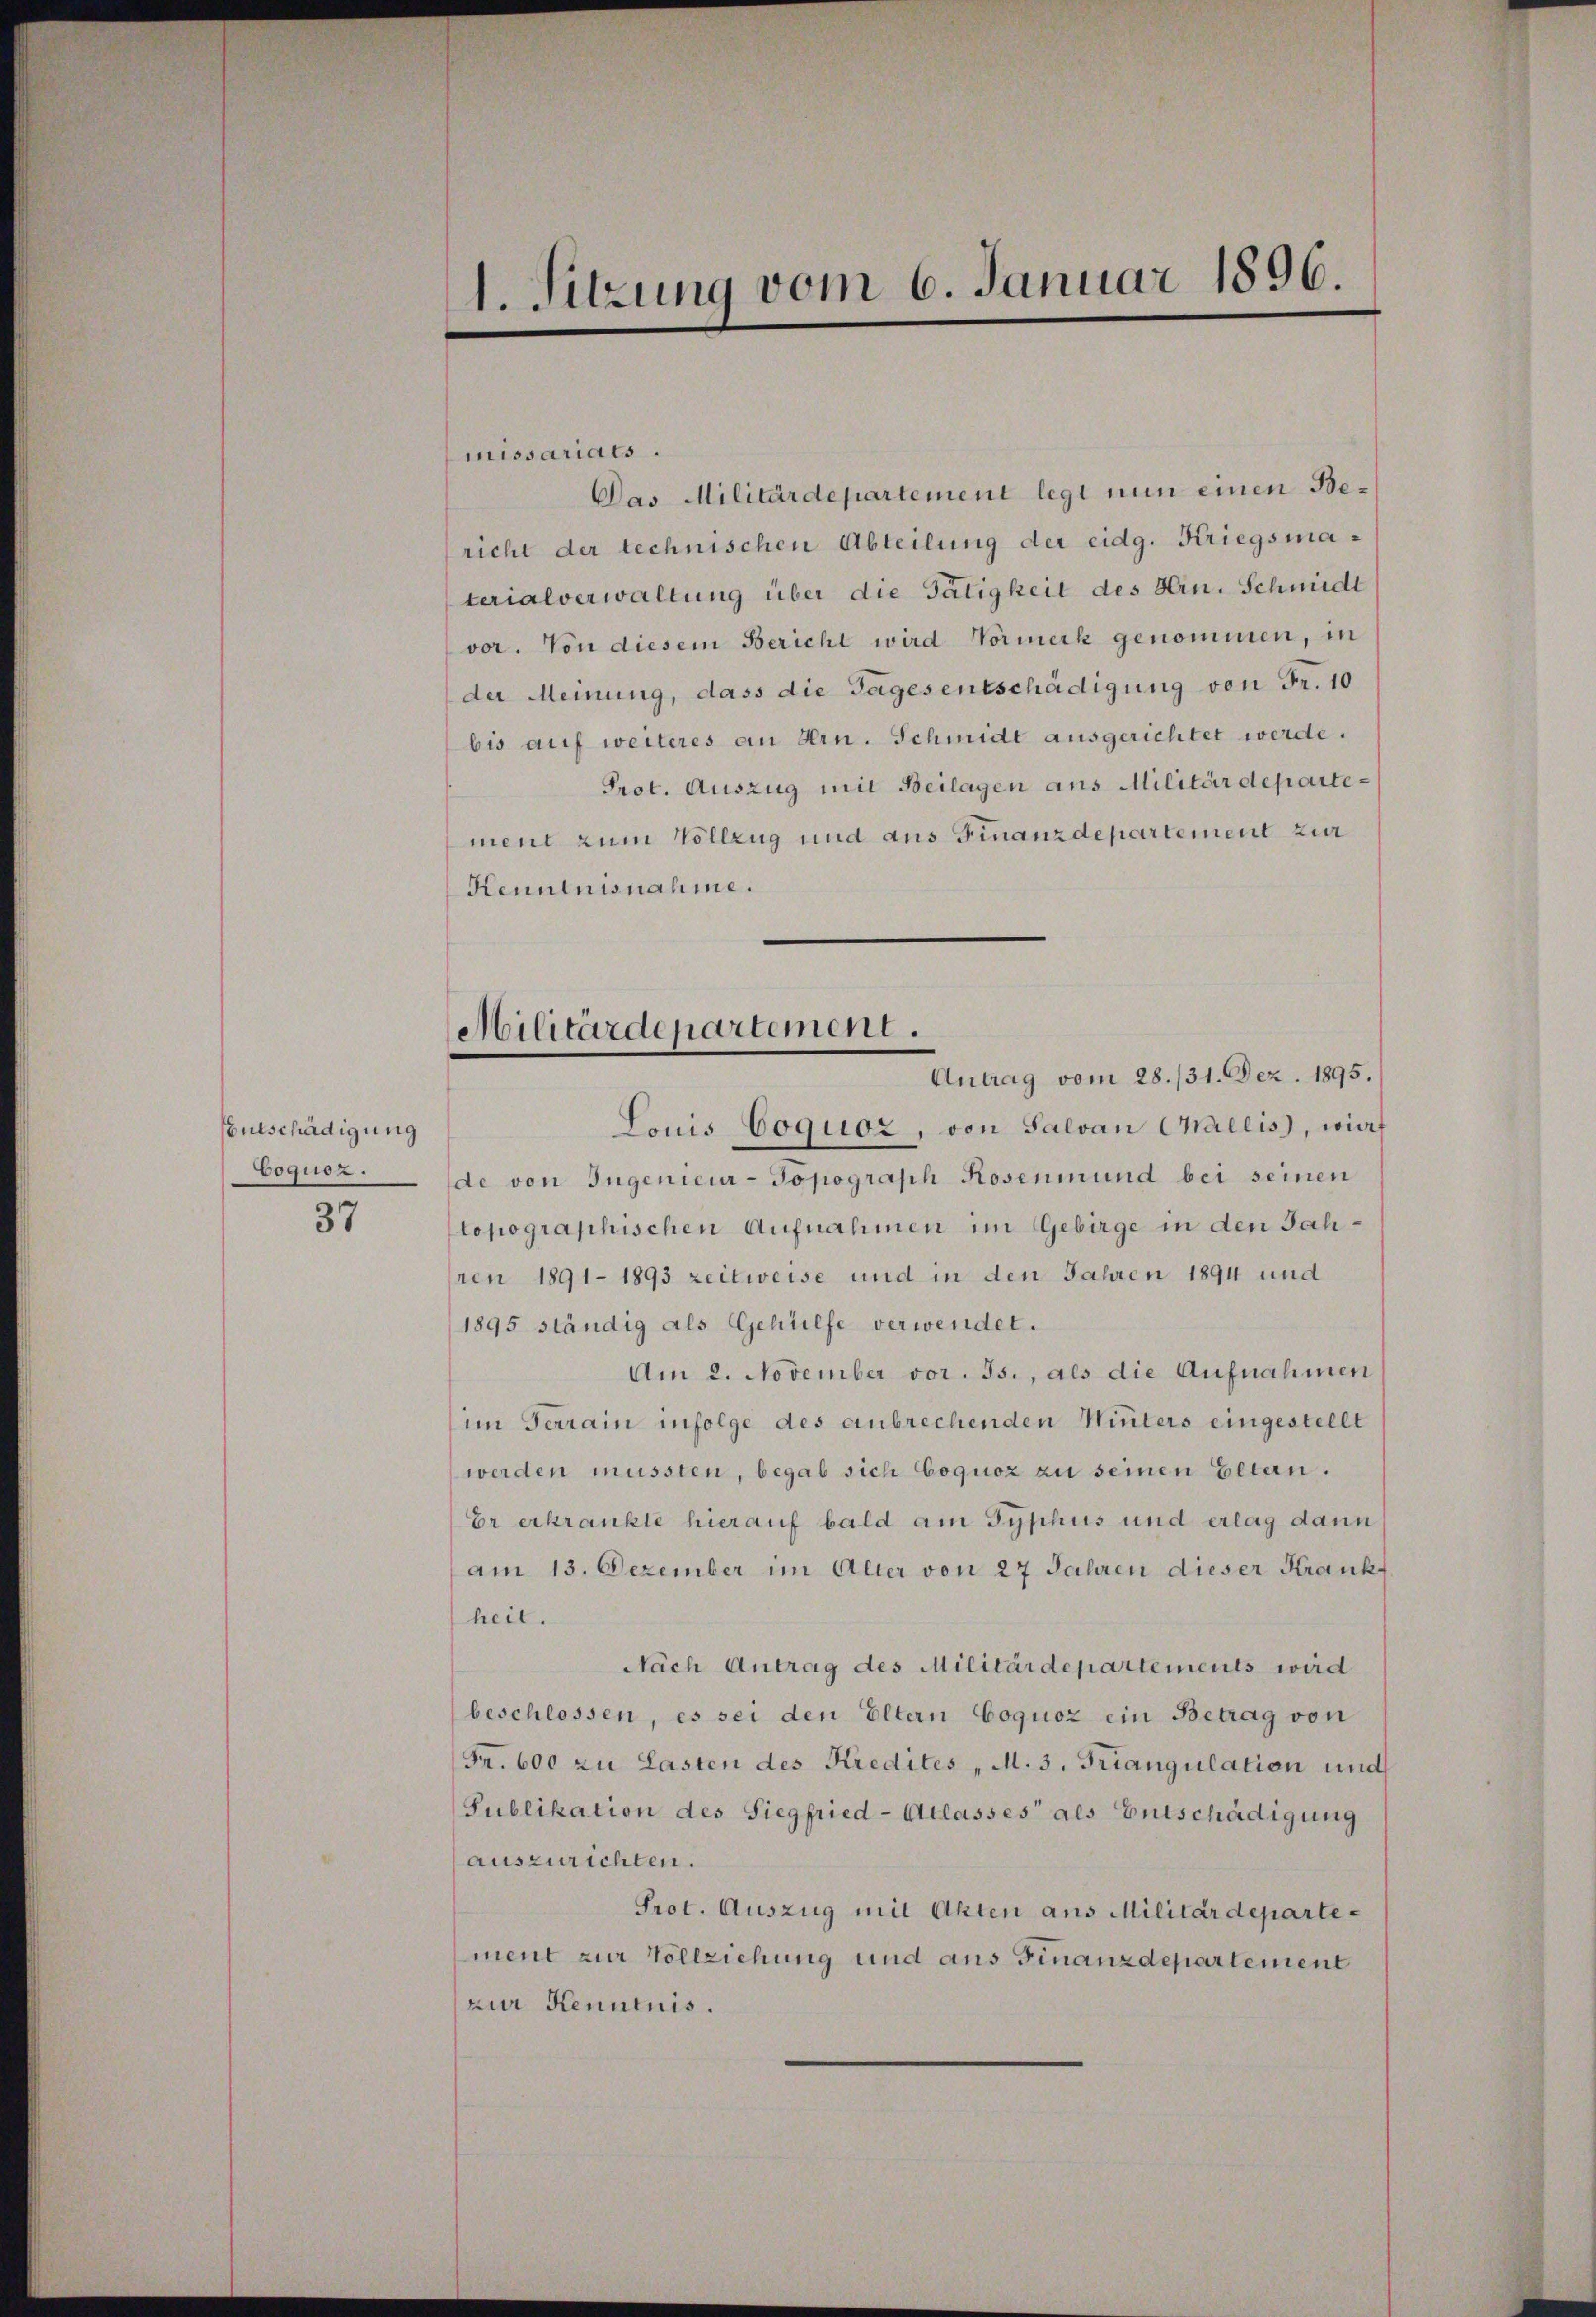
Entschädigung
Coquoz.

37

missariats.
Das Militärdepartement legt nun einen Bericht der technischen Abteilung der eidg. Kriegsmaterialverwaltung über die Tätigkeit des Hrn. Schmidt
vor. Von diesem Bericht wird Vormerk genommen, in
der Meinung, dass die Tages entschädigung von Fr. 10
bis auf weiteres an Hrn. Schmidt ausgerichtet werde.
Prot. Auszug mit Beilagen aus Militärdepartement zum Vollzug und aus Finanzdepartement zur
Kenntnisnahme.

1. Sitzung vom 6. Januar 1896.

Militärdepartement.
Antrag vom 28./31. Dez. 1895.

Louis Coquoz, von Salvan Challis, wies
de von Ingenieur-Topograph Rosenmund bei seinen
topographischen Aufnahmen im Gebirge in den Jahsren 1891 1893 zeitweise und in den Jahren 1894 und
1895 ständig als Gehülfe verwendet.
Am 2. November vor. Js., als die Aufnahmen
im Ferrain infolge des anbrechenden Winters eingestellt
werden müssten, begab sich Coquoz zu seinen Eltern.
Er erkrankte hierauf bald am Typhus und erlag dann
am 13. Dezember im Alter von 27 Jahren dieser Krankheit.
Nach Antrag des Militärdepartements wird
beschlossen, es sei den Eltern Coquoz ein Betrag von
Fr. 600 zu Lasten des Kredites „M. 3. Triangulation und
Publikation des Siegfried-Atlasses als Entschädigung
auszurichten.
Prot. Auszug mit Akten aus Militärdepartement zur Vollziehung und aus Finanzdepartement
zur Kenntnis.